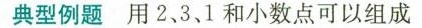
典型例题用2.3.1和小数点可以组成